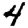
Digit: 4